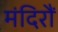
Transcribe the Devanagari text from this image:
मंदिरौं